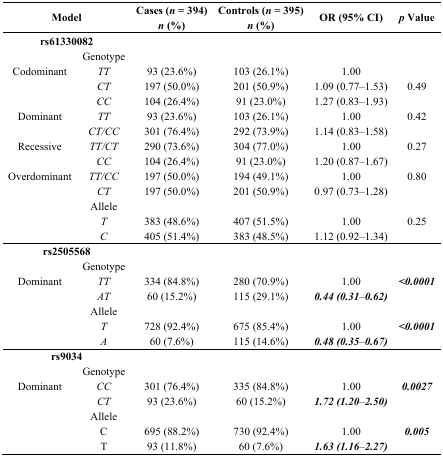
<table><thead><tr><td rowspan="2" colspan="2"><b>Model</b></td><td><b>Cases (<i>n</i> = 394)</b></td><td><b>Controls (<i>n</i> = 395)</b></td><td rowspan="2"><b>OR (95% CI)</b></td><td rowspan="2"><b><i>p</i> Value</b></td></tr><tr><td><b><i>n</i> (%)</b></td><td><b><i>n</i> (%)</b></td></tr></thead><tbody><tr><td colspan="2"><b>rs61330082</b></td><td rowspan="2"></td><td rowspan="2"></td><td rowspan="2"></td><td rowspan="2"></td></tr><tr><td></td><td>Genotype</td></tr><tr><td>Codominant</td><td><i>TT</i></td><td>93 (23.6%)</td><td>103 (26.1%)</td><td>1.00</td><td></td></tr><tr><td></td><td><i>CT</i></td><td>197 (50.0%)</td><td>201 (50.9%)</td><td>1.09 (0.77–1.53)</td><td>0.49</td></tr><tr><td></td><td><i>CC</i></td><td>104 (26.4%)</td><td>91 (23.0%)</td><td>1.27 (0.83–1.93)</td><td></td></tr><tr><td>Dominant</td><td><i>TT</i></td><td>93 (23.6%)</td><td>103 (26.1%)</td><td>1.00</td><td>0.42</td></tr><tr><td></td><td><i>CT/CC</i></td><td>301 (76.4%)</td><td>292 (73.9%)</td><td>1.14 (0.83–1.58)</td><td></td></tr><tr><td>Recessive</td><td><i>TT/CT</i></td><td>290 (73.6%)</td><td>304 (77.0%)</td><td>1.00</td><td>0.27</td></tr><tr><td></td><td><i>CC</i></td><td>104 (26.4%)</td><td>91 (23.0%)</td><td>1.20 (0.87–1.67)</td><td></td></tr><tr><td>Overdominant</td><td><i>TT/CC</i></td><td>197 (50.0%)</td><td>194 (49.1%)</td><td>1.00</td><td>0.80</td></tr><tr><td></td><td><i>CT</i></td><td>197 (50.0%)</td><td>201 (50.9%)</td><td>0.97 (0.73–1.28)</td><td></td></tr><tr><td></td><td>Allele</td><td></td><td></td><td></td><td></td></tr><tr><td></td><td><i>T</i></td><td>383 (48.6%)</td><td>407 (51.5%)</td><td>1.00</td><td>0.25</td></tr><tr><td></td><td><i>C</i></td><td>405 (51.4%)</td><td>383 (48.5%)</td><td>1.12 (0.92–1.34)</td><td></td></tr><tr><td colspan="2"><b>rs2505568</b></td><td rowspan="2"></td><td rowspan="2"></td><td rowspan="2"></td><td rowspan="2"></td></tr><tr><td></td><td>Genotype</td></tr><tr><td>Dominant</td><td><i>TT</i></td><td>334 (84.8%)</td><td>280 (70.9%)</td><td>1.00</td><td><i><b>&lt;0.0001</b></i></td></tr><tr><td></td><td><i>AT</i></td><td>60 (15.2%)</td><td>115 (29.1%)</td><td><i><b>0.44 (0.31–0.62)</b></i></td><td></td></tr><tr><td></td><td>Allele</td><td></td><td></td><td></td><td></td></tr><tr><td></td><td><i>T</i></td><td>728 (92.4%)</td><td>675 (85.4%)</td><td>1.00</td><td><i><b>&lt;0.0001</b></i></td></tr><tr><td></td><td><i>A</i></td><td>60 (7.6%)</td><td>115 (14.6%)</td><td><i><b>0.48 (0.35–0.67)</b></i></td><td></td></tr><tr><td colspan="2"><b>rs9034</b></td><td rowspan="2"></td><td rowspan="2"></td><td rowspan="2"></td><td rowspan="2"></td></tr><tr><td></td><td>Genotype</td></tr><tr><td>Dominant</td><td><i>CC</i></td><td>301 (76.4%)</td><td>335 (84.8%)</td><td>1.00</td><td><i><b>0.0027</b></i></td></tr><tr><td rowspan="2"></td><td><i>CT</i></td><td>93 (23.6%)</td><td>60 (15.2%)</td><td><i><b>1.72 (1.20–2.50)</b></i></td><td></td></tr><tr><td>Allele</td><td></td><td></td><td></td><td></td></tr><tr><td></td><td>C</td><td>695 (88.2%)</td><td>730 (92.4%)</td><td>1.00</td><td><i><b>0.005</b></i></td></tr><tr><td></td><td>T</td><td>93 (11.8%)</td><td>60 (7.6%)</td><td><i><b>1.63 (1.16–2.27)</b></i></td><td></td></tr></tbody></table>